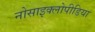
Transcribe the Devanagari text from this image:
नोसाइक्लोपीडिया